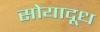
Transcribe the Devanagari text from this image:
सोयादूध